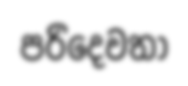
පරිදෙවතා